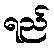
ရည်